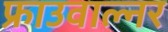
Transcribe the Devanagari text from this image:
फ्राउवाल्नर